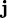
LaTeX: ^{\mathbf{j}}